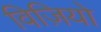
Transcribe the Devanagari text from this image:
विज़ियो